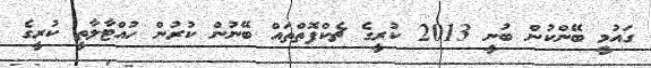
ގައުމީ ބޭންކުން ބުނީ 2013 ކުރީގެ ޗެކްފޮތްތައް ބޭނުން ކުރުން ހުއްޓާލާތީ ކުރީގެ